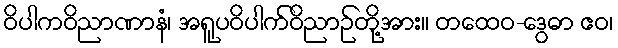
ဝိပါကဝိညာဏာနံ၊ အရူပဝိပါက်ဝိညာဉ်တို့အား။ တထေဝ-ဒွေဓာ ဧဝ၊